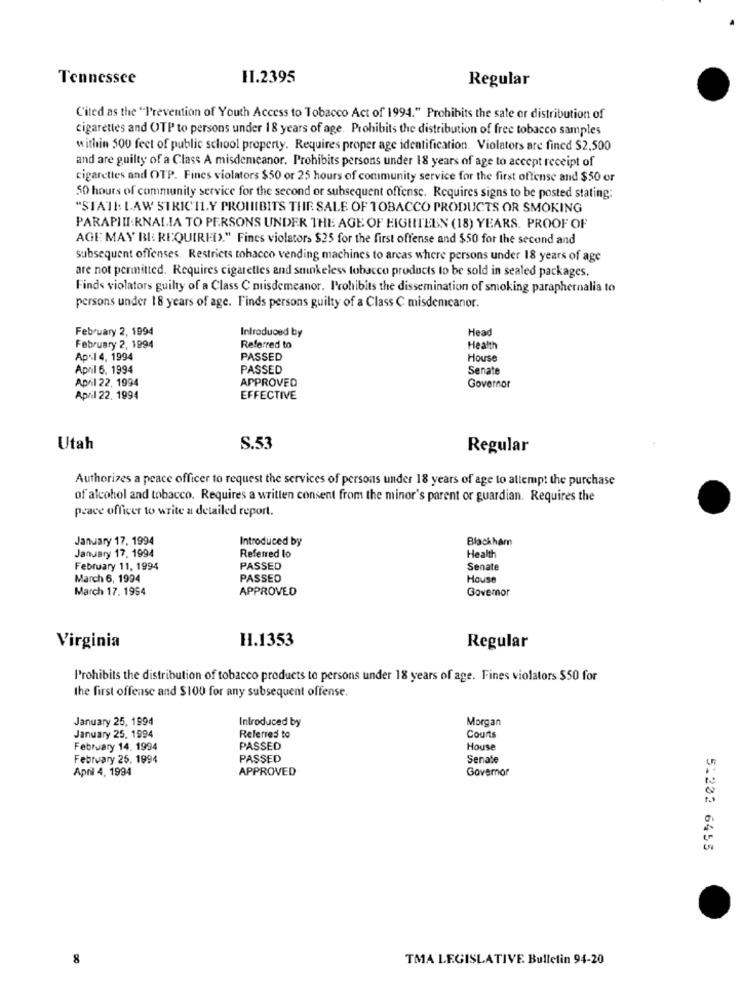
Tennessee
11.2395
Regular
Cited as the "Prevention of Youth Access to Tobacco Act of 1994." Prohibits the sate or distribution of
cigarettes and OTP to persons under 18 years of age. Prohibits the distribution of free tobacco samples
within 500 feet of public school property. Requires proper age identification. Violators are fined $2,500
and are guilty of a Class A misdemeanor. Prohibits persons under 18 years of age to accept receipt of
cigarettes and OTP. Fines violators $50 or 25 hours of community service for the first offense and $50 or
50 hours of community service for the second or subsequent offense. Requires signs to be posted stating:
"STATI: LAW STRICTLY PROHIBITS THE SALE OF TOBACCO PRODUCTS OR SMOKING
PARAPIII:RNALIA TO PERSONS UNDER THE AGE OF EIGHTEEN (18) YEARS. PROOF OF
AGE MAY BE REQUIRED." Fines violators $25 for the first offense and $50 for the second and
subsequent offenses. Restricts tobacco vending machines to areas where persons under 18 years of age
are not permitted. Requires cigarettes and sminkeless tobacco products to be sold in sealed packages.
Finds violators guilty of a Class C misdemeanor. Prohibits the dissemination of smoking paraphernalia to
persons under 18 years of age. Finds persons guilty of a Class C misdemeanor.
February 2, 1994
Introduced by
Head
February 2, 1994
Referred to
Health
Ap+14, 1994
PASSED
House
April 6, 1994
PASSED
Senate
April 22, 1994
APPROVED
Governor
April 22. 1994
EFFECTIVE
Utah
S.53
Regular
Authorizes a peace officer to request the services of persons under 18 years of age to attempt the purchase
of alcohol and tobacco. Requires a written consent from the minor's parent or guardian. Requires the
peace officer to write a detailed report.
January 17, 1994
Introduced by
Blackham
January 17, 1994
Referred lo
Health
February 11, 1994
PASSED
Senate
March 6, 1994
PASSED
House
March 17. 1994
APPROVED
Govemor
H.1353
Virginia
Regular
Prohibits the distribution of tobacco products to persons under 18 years of age. Fines violators $50 for
the first offense and $100 for any subsequent offense.
January 25, 1994
Introduced by
Morgan
January 25, 1994
Referred to
Courts
February 14. 1994
PASSED
House
February 25, 1994
PASSED
Senate
April 4, 1994
APPROVED
Governor
5.202 6455
8
TMA LEGISLATIVE Bulletin 94-20